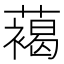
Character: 䕣